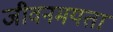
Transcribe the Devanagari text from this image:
जीवनमयता